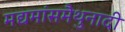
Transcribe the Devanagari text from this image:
मद्यमांसमैथुनादी